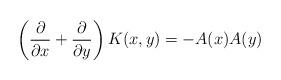
LaTeX: \begin{align*}\left( {\partial\over\partial x}+{\partial\over\partial y}\right) K(x,y) = - A(x) A(y)\end{align*}